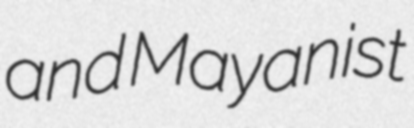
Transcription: and Mayanist